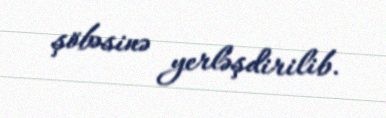
şöbəsinə yerləşdirilib.